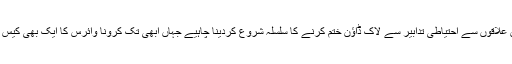
ملک بھر سے ان علاقوں سے احتیاطی تدابیر سے لاک ڈاؤن ختم کرنے کا سلسلہ شروع کردینا چاہیے جہاں ابھی تک کرونا وائرس کا ایک بھی کیس رپورٹ نہیں ہوا۔